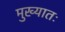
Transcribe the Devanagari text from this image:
मुख्यातः